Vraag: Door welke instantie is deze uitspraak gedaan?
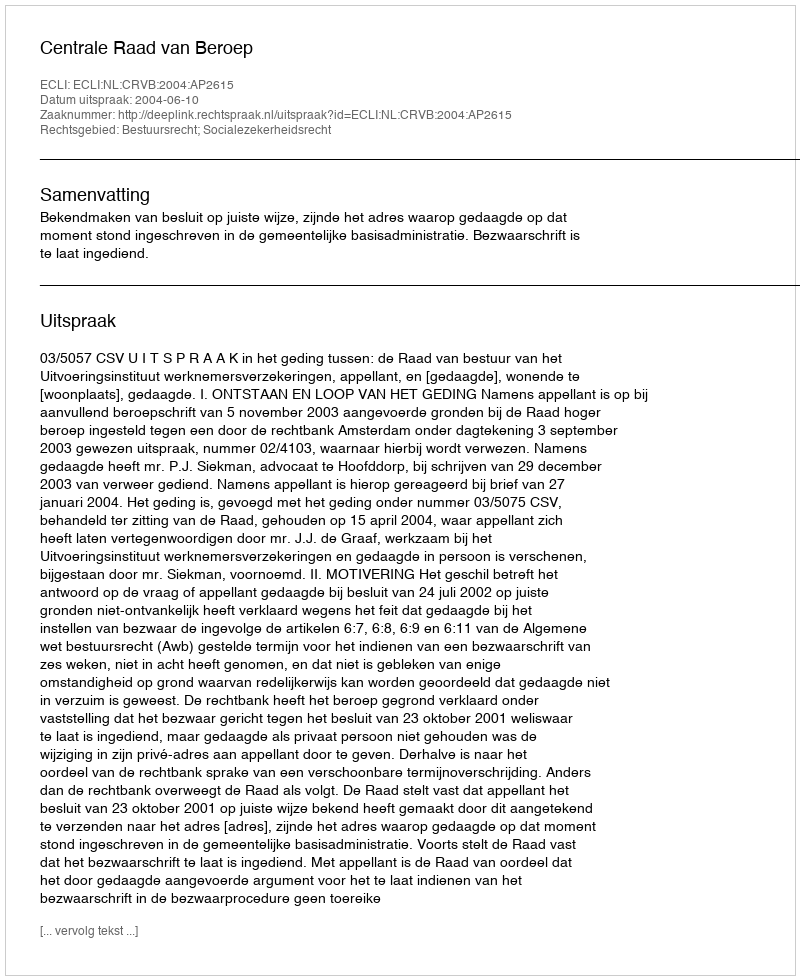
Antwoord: Centrale Raad van Beroep